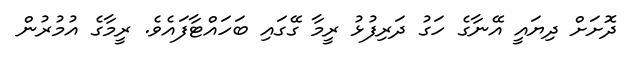
ދޮށަށް ދިޔައީ އޭނާގެ ހަގު ދަރިފުޅު ރީމާ ގޭގައި ބަހައްޓާފައެވެ. ރީމާގެ އުމުރުން